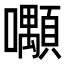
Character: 𡅑